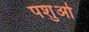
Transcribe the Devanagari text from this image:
पशुओँ